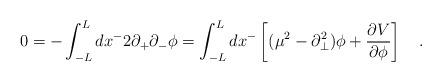
LaTeX: \begin{align*}0=-\int^{L}_{-L}dx^{-}2\partial_{+}\partial_{-}\phi =\int^{L}_{-L}dx^{-}\left[(\mu^2 -\partial_{\bot}^2)\phi + \frac{\partial V}{\partial \phi}\right] \quad.\end{align*}